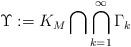
LaTeX: \begin{align*}\Upsilon : = K_M \bigcap \bigcap_{k=1}^{\infty} \Gamma_k\end{align*}